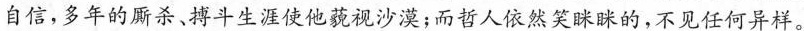
自信，多年的厮杀、搏斗生涯使他藐视沙漠；而哲人依然笑眯眯的，不见任何异样。